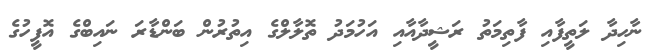
ނާހިދާ ލަތީފާއި ފާތިމަތު ރަޝީދާއާއި އަހުމަދު ތޮލާލްގެ އިތުރުން ބަންޑާރަ ނައިބްގެ އޮފީހުގެ